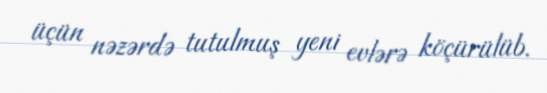
üçün nəzərdə tutulmuş yeni evlərə köçürülüb.